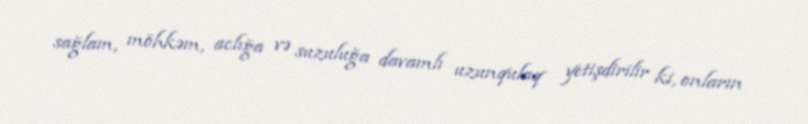
sağlam, möhkəm, aclığa və suzuluğa davamlı uzunqulaq yetişdirilir ki, onların